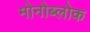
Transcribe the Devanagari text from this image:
मोनोब्लोक